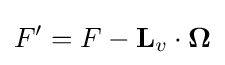
F'=F-\mathbf {L} _{v}\cdot \mathbf {\Omega }